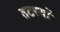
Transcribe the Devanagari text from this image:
तटस्थों